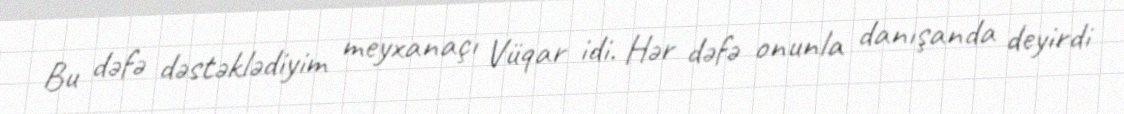
Bu dəfə dəstəklədiyim meyxanaçı Vüqar idi. Hər dəfə onunla danışanda deyirdi